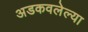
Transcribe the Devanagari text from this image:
अडकवलेल्या